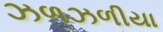
ઝળઝળીયા